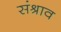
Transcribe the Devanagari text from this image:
संश्राव